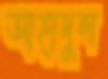
আহাদুল